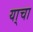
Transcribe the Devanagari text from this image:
या्चा